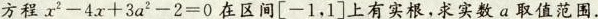
方程$$x^{2}-4x+3a^{2}-2=0$$在区间[-1，1]上有实根，求实数a取值范围.